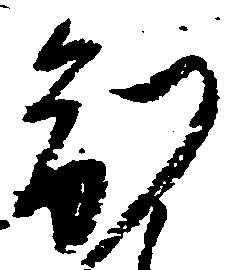
制